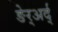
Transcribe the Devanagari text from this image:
ङेर्‍अर्द्